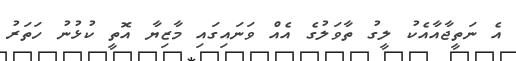
އެ ނަތީޖާއާއެކު ލީގު ތާވަލުގެ އެއް ވަނައިގައި މާޒިޔާ އޮތީ ކުޅުނު ހަތަރު